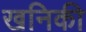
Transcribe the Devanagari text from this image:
खनिकी